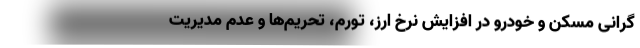
گرانی مسکن و خودرو در افزایش نرخ ارز، تورم، تحریم‌ها و عدم مدیریت